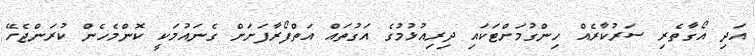
އަދި އޯގާތެރި ސަރުކާރެއް ހިންގުމަށްޓަކައި ދިރިއުޅުމުގެ އަގުތައް އަތްފޯރާފަށަށް ގެނައުމަކީ ކޮންމެހެން ކުރަންޖެހޭ